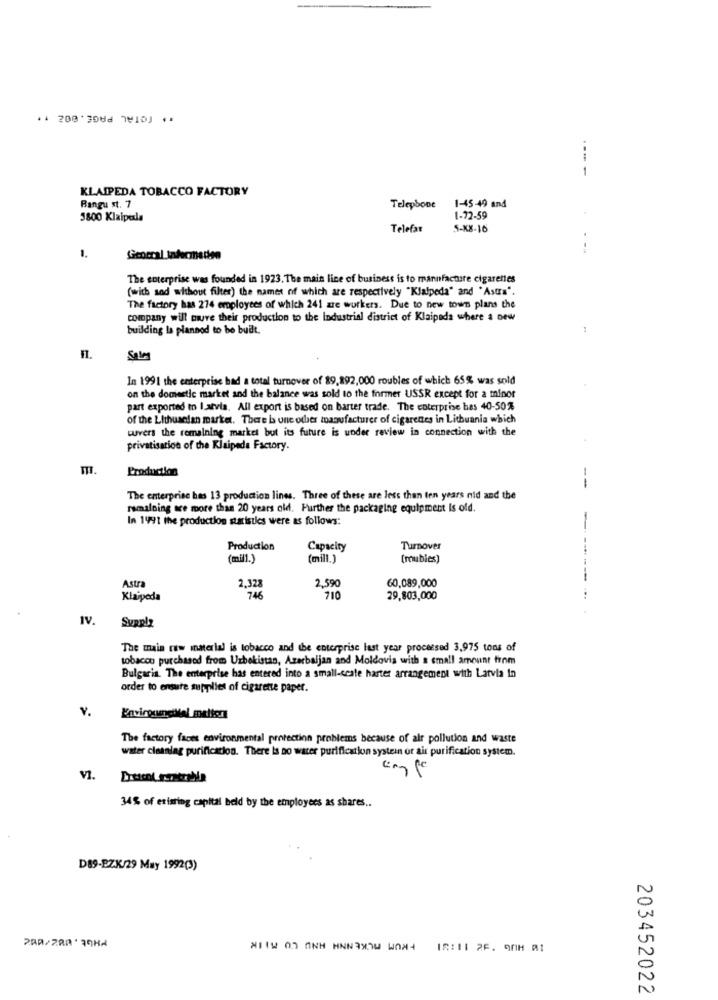
** TOTAL PAGE. 002 ..
--- -
KLAIPEDA TOBACCO FACTORY
Bangu st. 7
Telephone 1-45-49 and
3800 Klaipela
1-72-59
Telefar
5-K8-16
General Infecmedien
The enterprise was founded in 1923. The main lice of business is to mannfacture cigarettes
(with sod without filter) the names of which are respectively "Klaipeda" and "Astra".
The factory has 274 employees of which 241 zre workers. Due to new town plans the
company will muve their production to the Industrial district of Klaipeda where a new
building Is planned to be built.
n.
SALA
In 1991 the enterprise had a total turnover of $9,892,000 roubles of which 65% was sold
on the domestic market and the balance was sold to the former USSR except for a minor
part exported to latvia. All export is based on barter trade. The enterprise hes 40-50%
of the Lithuanian market. There is une other manufacturer of cigarettes in Lithuania which
cuvers the remaining market but its future is under review in connection with the
privatisation of the Klaipeda Factory.
Production
--
The enterprise has 13 production lines. Three of these are less than ten years nid and the
ramalning are more than 20 years old. Further the packaging equipment is ofd.
In 1991 the production statistics were as follows:
Production
Capacity
Turnover
--..
(mill.)
(mill.]
(rubies)
Astra
60,089,000
----
2.328
2,590
Klaipeda
746
710
29,803,000
IV.
Supplz
The main raw material is tobacco and the enterprise last year processed 3,975 tons of
tobacco purchased from Uzbekistan, Azerbaijan and Moldovia with a small amount from
Bulgaria. The enterprise has entered into a small-scale harter arrangement with Latvia in
order to ensure supplies of cigarette paper.
v.
Envirgumeillal meliers
The factory faces environmental protection problems because of air pollution and waste
water cleanlag purification. There Is no water purification systemn or air purification system.
VI.
34% of existing capital beld by the employees as shares ..
D89-EZK/29 May 1992(3)
203452022